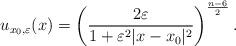
LaTeX: \begin{align*}u_{x_0,\varepsilon}(x)=\left(\frac{2\varepsilon}{1+\varepsilon^{2}|x-x_0|^{2}}\right)^{\frac{n-6}{2}}.\end{align*}